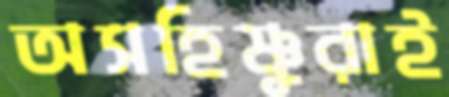
অসহিষ্ণুরাই